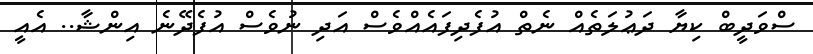
ސްވަދީބް ކިޔާ ދަޢުލަތެއް ނެތް އުފެދިފައެއްވެސް އަދި ނުވެސް އުފެދޭނެ އިންޝާ.. އެއީ